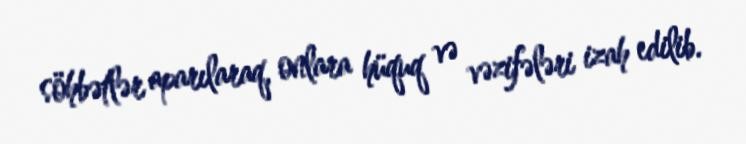
söhbətlər aparılaraq, onlara hüquq və vəzifələri izah edilib.